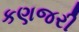
કણજરી